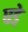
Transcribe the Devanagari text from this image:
घडे़